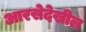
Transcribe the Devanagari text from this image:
आरसेदेखील